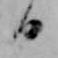
日